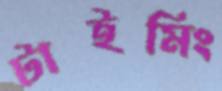
টাইমিং